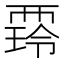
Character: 𧟺